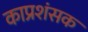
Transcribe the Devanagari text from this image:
काप्रशंसक